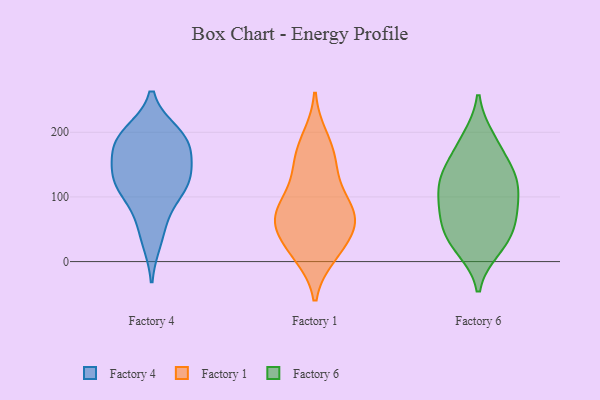
{"axis": {"x": "Net Income (USD K)", "y": "Value"}, "legend": ["Factory 1", "Factory 4", "Factory 6"], "data": [{"x": "", "y": 123, "type": "Factory 4"}, {"x": "", "y": 68, "type": "Factory 4"}, {"x": "", "y": 116, "type": "Factory 4"}, {"x": "", "y": 34, "type": "Factory 4"}, {"x": "", "y": 187, "type": "Factory 4"}, {"x": "", "y": 129, "type": "Factory 4"}, {"x": "", "y": 116, "type": "Factory 4"}, {"x": "", "y": 173, "type": "Factory 4"}, {"x": "", "y": 184, "type": "Factory 4"}, {"x": "", "y": 197, "type": "Factory 4"}, {"x": "", "y": 189, "type": "Factory 4"}, {"x": "", "y": 137, "type": "Factory 4"}, {"x": "", "y": 171, "type": "Factory 1"}, {"x": "", "y": 52, "type": "Factory 1"}, {"x": "", "y": 11, "type": "Factory 1"}, {"x": "", "y": 22, "type": "Factory 1"}, {"x": "", "y": 60, "type": "Factory 1"}, {"x": "", "y": 65, "type": "Factory 1"}, {"x": "", "y": 17, "type": "Factory 1"}, {"x": "", "y": 140, "type": "Factory 1"}, {"x": "", "y": 190, "type": "Factory 1"}, {"x": "", "y": 148, "type": "Factory 1"}, {"x": "", "y": 82, "type": "Factory 1"}, {"x": "", "y": 71, "type": "Factory 1"}, {"x": "", "y": 77, "type": "Factory 1"}, {"x": "", "y": 99, "type": "Factory 1"}, {"x": "", "y": 43, "type": "Factory 6"}, {"x": "", "y": 187, "type": "Factory 6"}, {"x": "", "y": 40, "type": "Factory 6"}, {"x": "", "y": 22, "type": "Factory 6"}, {"x": "", "y": 72, "type": "Factory 6"}, {"x": "", "y": 191, "type": "Factory 6"}, {"x": "", "y": 20, "type": "Factory 6"}, {"x": "", "y": 123, "type": "Factory 6"}, {"x": "", "y": 127, "type": "Factory 6"}, {"x": "", "y": 107, "type": "Factory 6"}, {"x": "", "y": 79, "type": "Factory 6"}, {"x": "", "y": 125, "type": "Factory 6"}, {"x": "", "y": 63, "type": "Factory 6"}, {"x": "", "y": 148, "type": "Factory 6"}, {"x": "", "y": 92, "type": "Factory 6"}, {"x": "", "y": 149, "type": "Factory 6"}]}